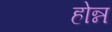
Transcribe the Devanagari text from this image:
होन्न